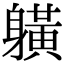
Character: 𨊇